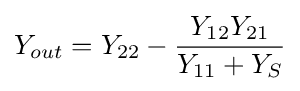
Y_{out}=Y_{22}-{\frac {Y_{12}Y_{21}}{Y_{11}+Y_{S}}}